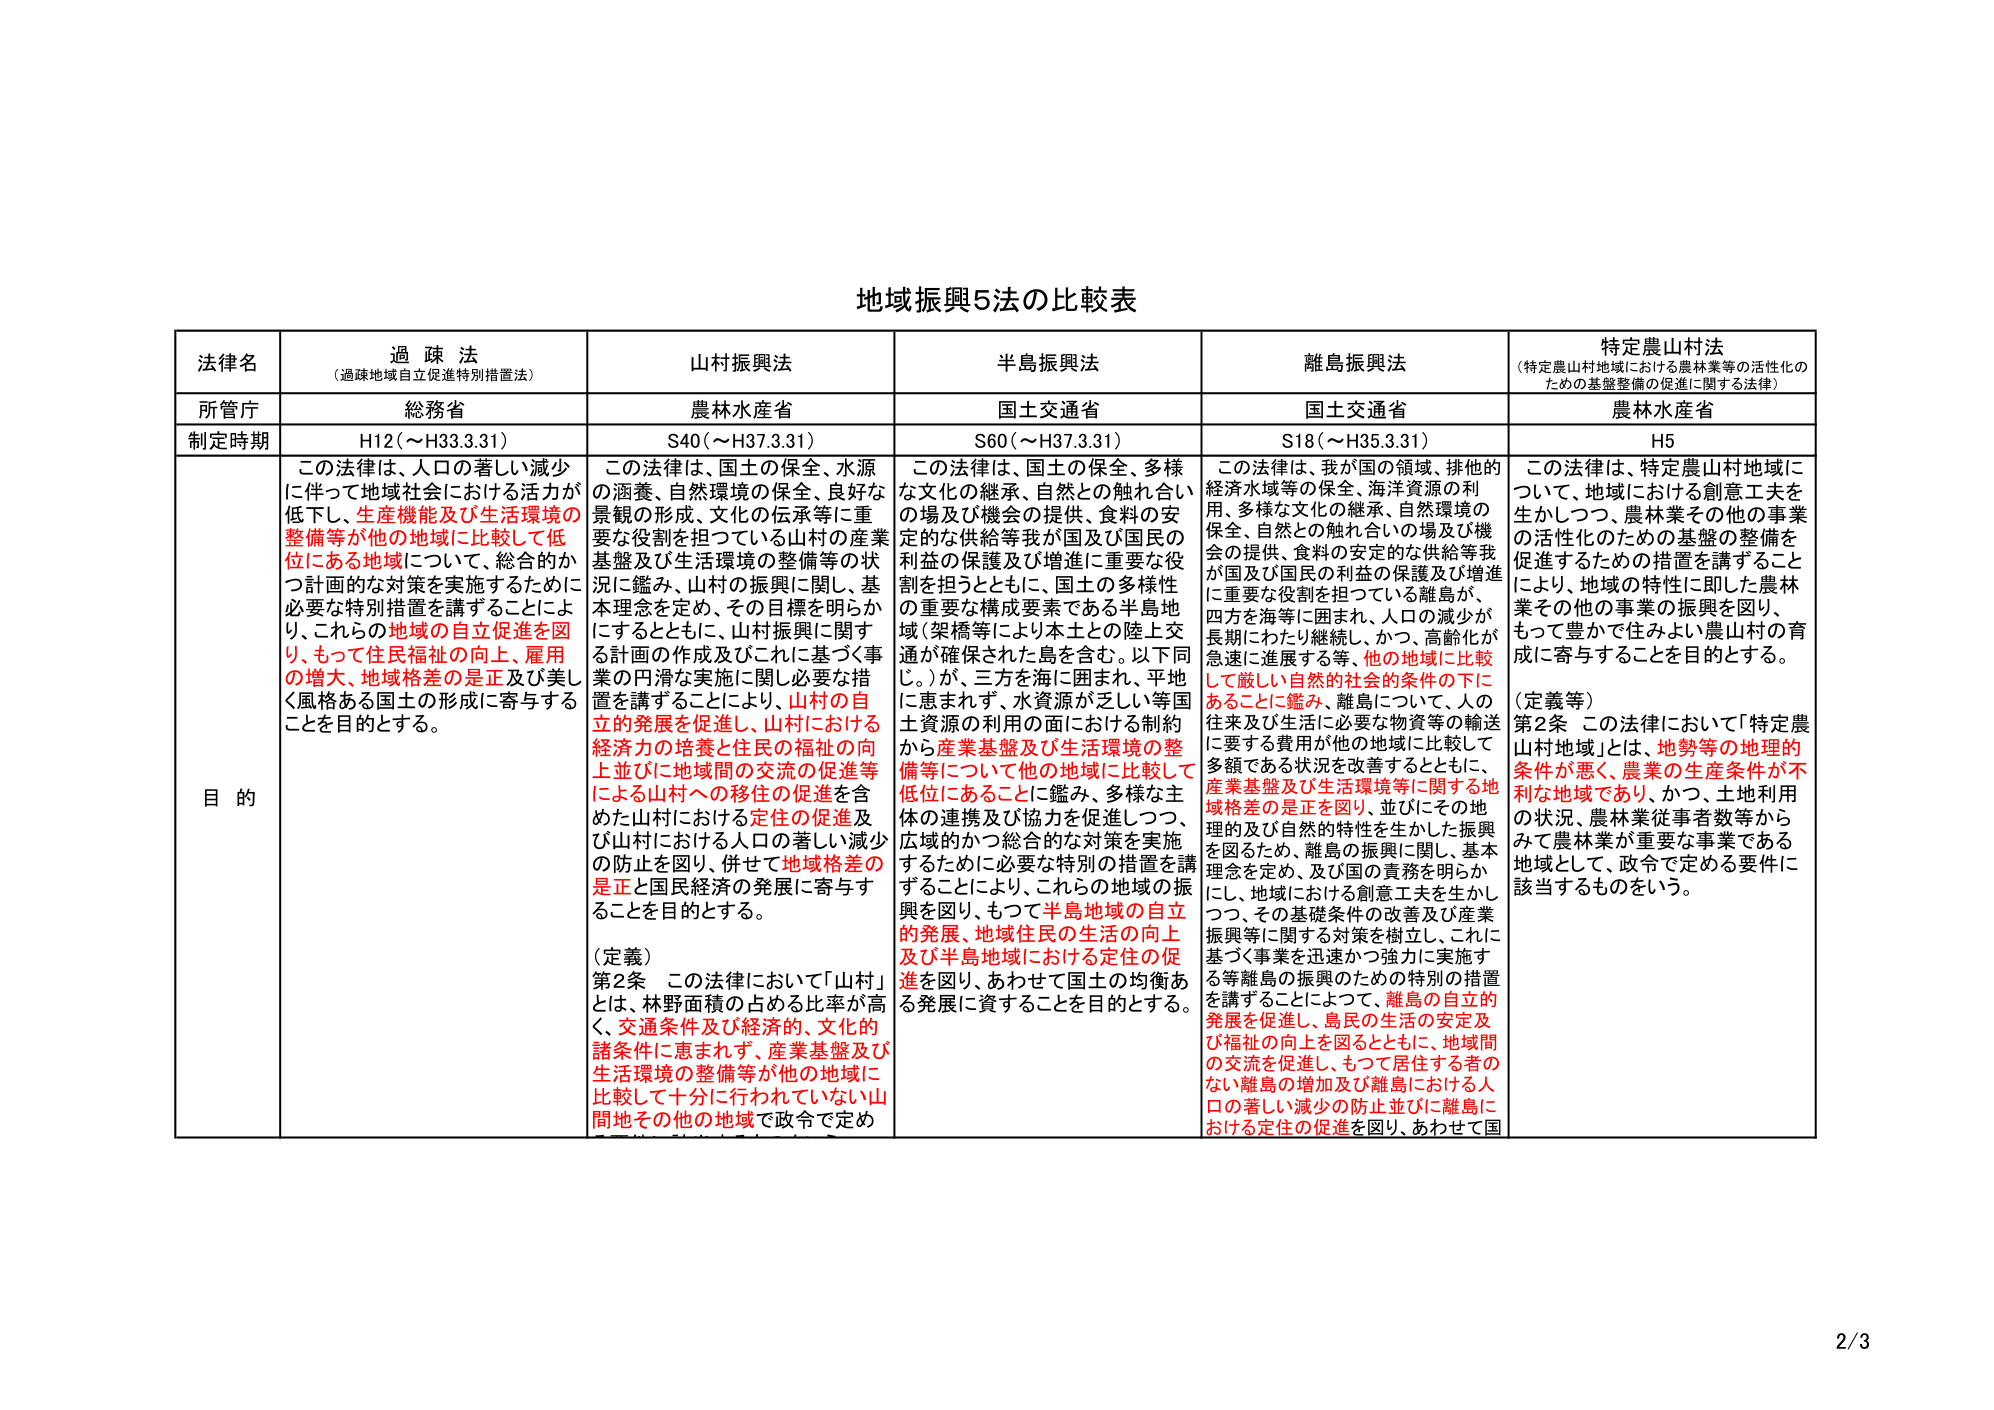
地域振興5法の比較表

法管名
過疎法
（過疎地域自立促進特別措置法）
山村振興法
半島振興法
離島振興法
特定農山村法
（特定農山村地域における農林業等の活性化のための基盤整備の促進に関する法律）

所管庁
総務省
農林水産省
国土交通省
国土交通省
農林水産省

制定時期
H12（～H33.3.31）
S40（～H37.3.31）
S60（～H37.3.31）
S18（～H35.3.31）
H5

目的
この法律は、人口の著しい減少に伴って地域社会における活力が低下し、生産機能及び生活環境の整備等が他の地域に比較して低位にある地域について、総合的かつ計画的な対策を実施するために必要な特別措置を講ずることにより、これらの地域の自立促進を図り、もって住民福祉の向上、雇用の増大、地域格差の是正及び美しく風格ある国土の形成に寄与することを目的とする。

この法律は、国土の保全、水源の涵養、自然環境の保全、良好な景観の形成、文化の伝承等に重要な役割を担っている山村の産業基盤及び生活環境の整備等の状況に鑑み、山村の振興に関し、基本理念を定め、その目標を明らかにするとともに、山村振興に関する計画の作成及びこれに基づく事業の円滑な実施に関し必要な措置を講ずることにより、山村の自立的発展を促進し、山村における経済力の培養と住民の福祉の向上並びに地域間の交流の促進等による山村への移住の促進を含めた山村における定住の促進及び山村における人口の著しい減少の防止を図り、併せて地域格差の是正と国民経済の発展に寄与することを目的とする。

（定義）
第2条 この法律において「山村」とは、林野面積の占める比率が高く、交通条件及び経済的、文化的諸条件に恵まれず、産業基盤及び生活環境の整備等が他の地域に比較して十分に行われていない山間地その他の地域で政令で定め

この法律は、国土の保全、多様な文化の継承、自然との触れ合いの場及び機会の提供、食料の安定的な供給等我が国及び国民の利益の保護及び増進に重要な役割を担うとともに、国土の多様性の重要な構成要素である半島地域（架橋等により本土との陸上交通が確保された島を含む。以下同じ。）が、三方を海に囲まれ、平地に恵まれず、水資源が乏しい等国土資源の利用の面における制約から産業基盤及び生活環境の整備等について他の地域に比較して低位にあることに鑑み、多様な主体の連携及び協力を促進しつつ、広域的かつ総合的な対策を実施するために必要な特別の措置を講ずることにより、これらの地域の振興を図り、もって半島地域の自立的発展、地域住民の生活の向上及び半島地域における定住の促進を図り、あわせて国土の均衡ある発展に資することを目的とする。

この法律は、我が国の領域、排他的経済水域等の保全、海洋資源の利用、多様な文化の継承、自然環境の保全、自然との触れ合いの場及び機会の提供、食料の安定的な供給等我が国及び国民の利益の保護及び増進に重要な役割を担っている離島が、四方を海等に囲まれ、人口の減少が長期にわたり継続し、かつ、高齢化が急速に進展する等、他の地域に比較して厳しい自然的社会的条件の下にあることに鑑み、離島について、人の往来及び生活に必要な物資等の輸送に要する費用が他の地域に比較して多額である状況を改善するとともに、産業基盤及び生活環境等に関する地域格差の是正を図り、並びにその地理的及び自然的特性を生かした振興を図るため、離島の振興に関し、基本理念を定め、及び国の責務を明らかにし、地域における創意工夫を生かしつつ、その基礎条件の改善及び産業振興等に関する対策を樹立し、これに基づく事業を迅速かつ強力に実施する等離島の振興のための特別の措置を講ずることにより、離島の自立的発展を促進し、島民の生活の安定及び福祉の向上を図るとともに、地域間の交流を促進し、もって居住する者のない離島の増加及び離島における人口の著しい減少の防止並びに離島における定住の促進を図り、あわせて国

この法律は、特定農山村地域について、地域における創意工夫を生かしつつ、農林業その他の事業の活性化のための基盤の整備を促進するための措置を講ずることにより、地域の特性に即した農林業その他の事業の振興を図り、もって豊かで住みよい農山村の育成に寄与することを目的とする。

（定義等）
第2条 この法律において「特定農山村地域」とは、地勢等の地理的条件が悪く、農業の生産条件が不利な地域であり、かつ、土地利用の状況、農林業従事者数等からみて農林業が重要な事業である地域として、政令で定める要件に該当するものをいう。

2/3